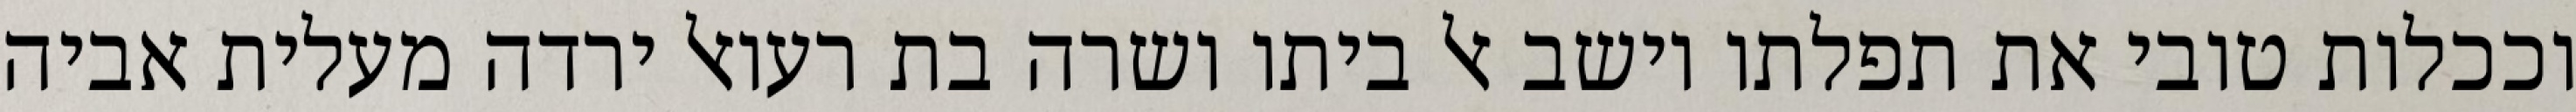
וככלות טובי את תפלתו וישב אל ביתו ושרה בת רעואל ירדה מעלית אביה